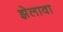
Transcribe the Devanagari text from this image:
झेलावा